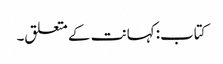
کتاب: کہانت کے متعلق۔